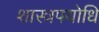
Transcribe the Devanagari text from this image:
शास्त्रपयोधि